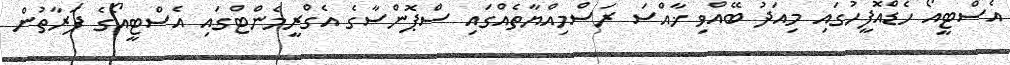
އެސްޓީއޯ ހެޑްއޮފީހުގައި މިއަދު ބޭއްވި ޚާއްސަ ރަސްމިއްޔާތެއްގައި ސްޕޮންސާގެ އެގްރީމެންޓްގައި އެސްޓީއޯގެ ފަރާތުން